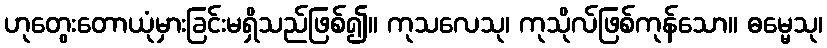
ဟုတွေးတောယုံမှားခြင်းမရှိသည်ဖြစ်၍။ ကုသလေသု၊ ကုသိုလ်ဖြစ်ကုန်သော။ ဓမ္မေသု၊